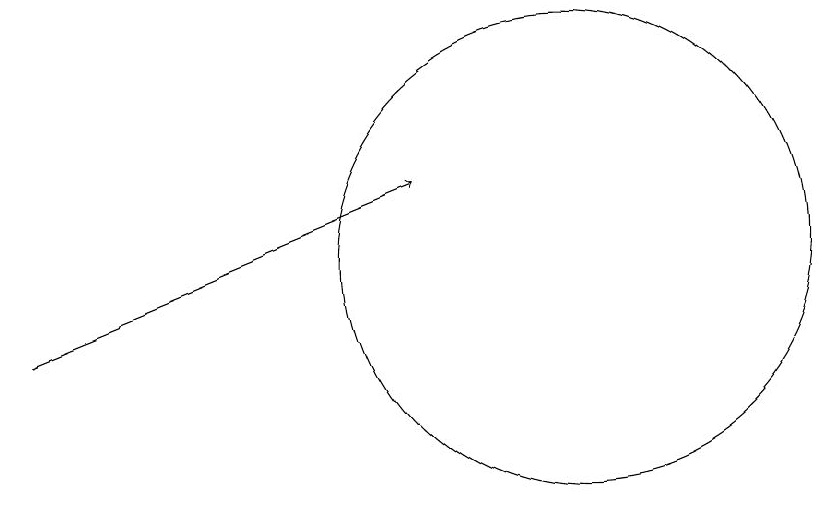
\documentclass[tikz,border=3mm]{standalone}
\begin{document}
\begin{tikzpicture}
\draw[->] (4,10) -- (9,12);
\draw (11,11) circle (3);
\draw (11,11) circle (0);
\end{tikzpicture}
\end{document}